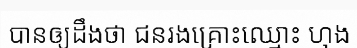
បានឲ្យដឹងថា ជនរងគ្រោះឈ្មោះ ហុង